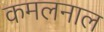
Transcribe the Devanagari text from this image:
कमलनाल